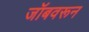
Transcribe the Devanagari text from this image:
जॉबवरून